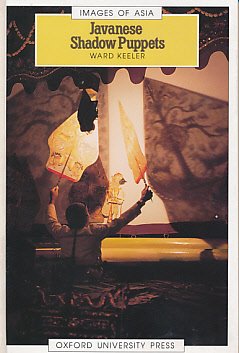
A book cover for Javanese Shadow Puppets (Images of Asia); Ward Keeler; Crafts, Hobbies & Home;